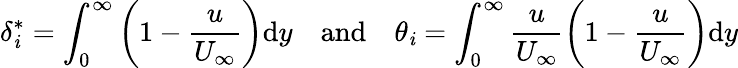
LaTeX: \delta_{\mathit{i}}^{*}=\int_{0}^{\infty}\left(1-\frac{{u}}{{U_{\infty}}}\right)\mathrm{{d}}y\quad\mathrm{{and}}\quad\theta_{\mathit{i}}=\int_{0}^{\infty}\frac{{u}}{{U_{\infty}}}\left(1-\frac{{u}}{{U_{\infty}}}\right)\mathrm{{d}}y